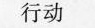
行动